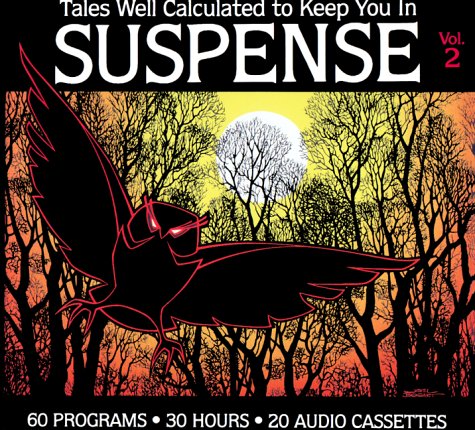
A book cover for Tales Well Calculated to Keep You In Suspense - Volume 2; Smithsonian Collecti Csrdos          4101; Humor & Entertainment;